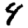
Digit: 4